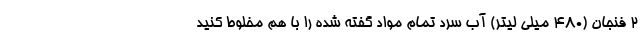
2 فنجان (480 میلی لیتر) آب سرد تمام مواد گفته شده را با هم مخلوط کنید